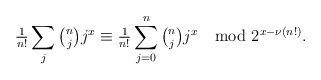
\begin{align*}{\tfrac1{n!}}\sum_{j}{\tbinom njj^x\equiv \tfrac1{n!}}\sum_{j=0}^n\tbinom njj^x\mod 2^{x-\nu(n!)}.\end{align*}